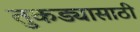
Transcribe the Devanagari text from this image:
तुकड्यासाठी